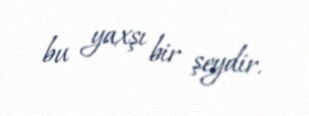
bu yaxşı bir şeydir.